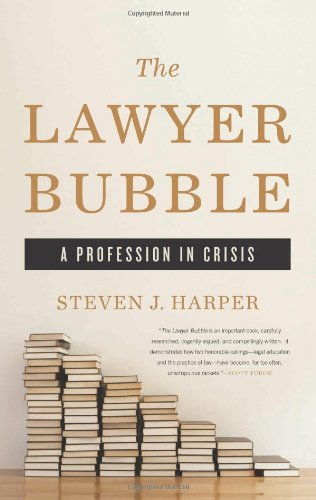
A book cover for The Lawyer Bubble: A Profession in Crisis; Steven J. Harper; Law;